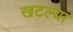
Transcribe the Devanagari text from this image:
खटल्या